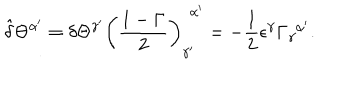
\hat { \delta } \Theta ^ { \alpha ^ { \prime } } \equiv \delta \Theta ^ { \gamma ^ { \prime } } \left( { \frac { 1 - \Gamma } { 2 } } \right) _ { \gamma ^ { \prime } } ^ { \ \, \alpha ^ { \prime } } = - { \frac { 1 } { 2 } } \epsilon ^ { \gamma } \Gamma _ { \gamma } ^ { \ \, \alpha ^ { \prime } } .